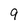
Character: 9